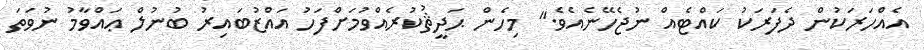
އެއްހަރަކުން ދެފަރަކު ކައްޓެއް ނުޖެހޭނެއެވެ." މިހެން ޙަދީޘުކުރެއްވުމަށްފަހު އައްޒުބައިރު ބުނުލް ޢައްވާމު ނުވަތަ